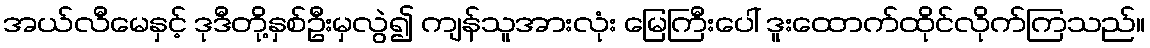
အယ်လီမေနှင့် ဒုဒီတို့နှစ်ဦးမှလွဲ၍ ကျန်သူအားလုံး မြေကြီးပေါ် ဒူးထောက်ထိုင်လိုက်ကြသည်။